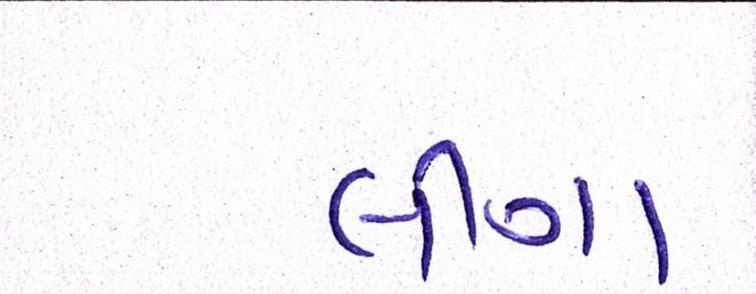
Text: લીગા